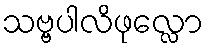
သဗ္ဗပါလိဖုလ္လော